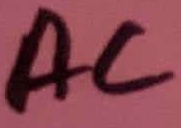
Text: AC